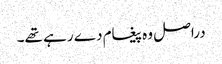
دراصل وہ پیغام دے رہے تھے۔